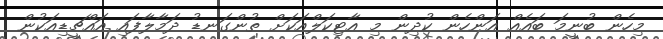
މިހެން ބުނީމަ ބައެއް އަންހެން ކުދިން މި އާޓިކަލްއަކަށް ތުންގަނޑު ދަމާލާފައި އައްޗީޑިއަކުން